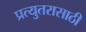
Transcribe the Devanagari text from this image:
प्रत्युतरासाठी